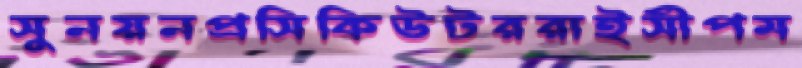
সুনয়নপ্রসিকিউটররাইসীপম